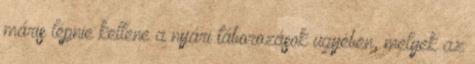
máris lépnie kellene a nyári táborozások ügyében, melyek az